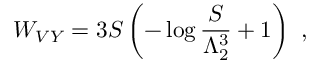
W _ { V Y } = 3 S \left( - \log { \frac { S } { \Lambda _ { 2 } ^ { 3 } } } + 1 \right) \ ,